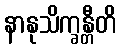
နာနုသိက္ခန္တီတိ